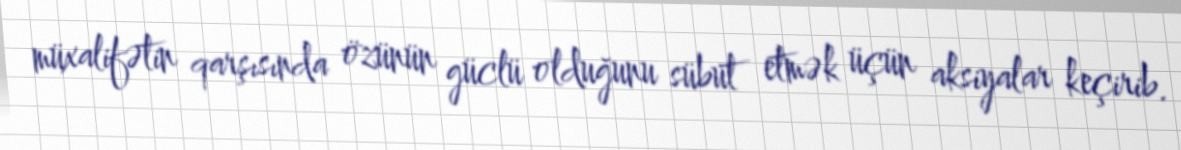
müxalifətin qarşısında özünün güclü olduğunu sübut etmək üçün aksiyalar keçirib.